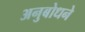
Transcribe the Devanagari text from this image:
अनुबोधने